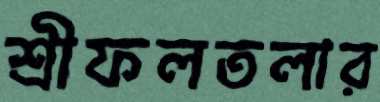
শ্রীফলতলার